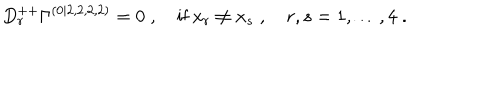
LaTeX: D _ { r } ^ { + + } \Gamma ^ { ( 0 | 2 , 2 , 2 , 2 ) } = 0 \; , \quad \mathrm { i f ~ } x _ { r } \neq x _ { s } \; , \quad r , s = 1 , \ldots , 4 \; .